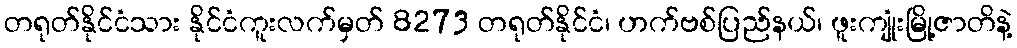
တရုတ်နိုင်ငံသား နိုင်ငံကူးလက်မှတ် 8273 တရုတ်နိုင်ငံ၊ ဟက်ဗစ်ပြည်နယ်၊ ဖူးကျုံးမြို့ဇာတိနဲ့